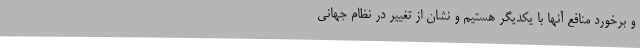
و برخورد منافع آنها با یکدیگر هستیم و نشان از تغییر در نظام جهانی